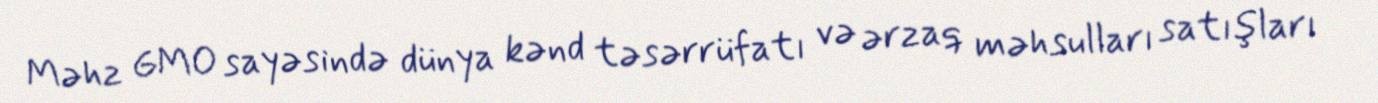
Məhz GMO sayəsində dünya kənd təsərrüfatı və ərzaq məhsulları satışları